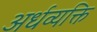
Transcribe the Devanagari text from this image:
अर्धव्यक्ति